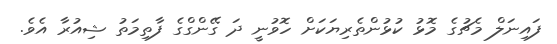
ފައިނަލް މެޗުގެ މޮޅު ކުޅުންތެރިޔަކަށް ހޮވުނީ ދަ ގޭންގްގެ ފާތިމަތު ޝިއުރާ އެވެ.